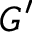
G ^ { \prime }